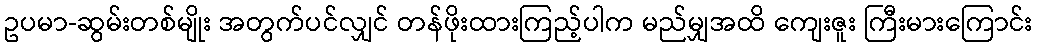
ဥပမာ-ဆွမ်းတစ်မျိုး အတွက်ပင်လျှင် တန်ဖိုးထားကြည့်ပါက မည်မျှအထိ ကျေးဇူး ကြီးမားကြောင်း